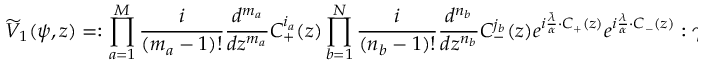
\widetilde V _ { 1 } ( \psi , z ) = : \prod _ { a = 1 } ^ { M } { \frac { i } { ( m _ { a } - 1 ) ! } } { \frac { d ^ { m _ { a } } } { d z ^ { m _ { a } } } } C _ { + } ^ { i _ { a } } ( z ) \prod _ { b = 1 } ^ { N } { \frac { i } { ( n _ { b } - 1 ) ! } } { \frac { d ^ { n _ { b } } } { d z ^ { n _ { b } } } } C _ { - } ^ { j _ { b } } ( z ) e ^ { i { \frac { \bar { \lambda } } { \alpha } } \cdot C _ { + } ( z ) } e ^ { i { \frac { \lambda } { \alpha } } \cdot C _ { - } ( z ) } : \gamma _ { \lambda } \, ,